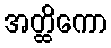
အတ္ထိကော